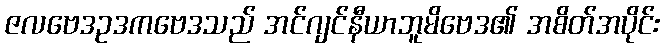
ဇလဗေဒဥဒကဗေဒသည် အင်ဂျင်နီယာဘူမိဗေဒ၏ အစိတ်အပိုင်း